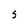
Character: S